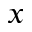
x